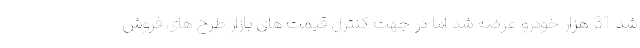
شد 31 هزار خودرو عرضه شد اما در جهت کنترل قیمت های بازار طرح های فروش